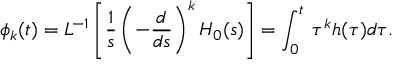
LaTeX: \phi _ { k } ( t ) = { \cal { L } } ^ { - 1 } \left[ \frac { 1 } { s } \left( - \frac { d } { d s } \right) ^ { k } H _ { 0 } ( s ) \right] = \int _ { 0 } ^ { t } \, \tau ^ { k } h ( \tau ) d \tau .